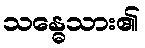
သန္ဓေသား၏